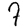
Digit: 7